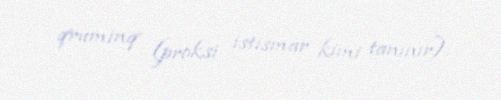
qruminq (proksi istismar kimi tanınır).